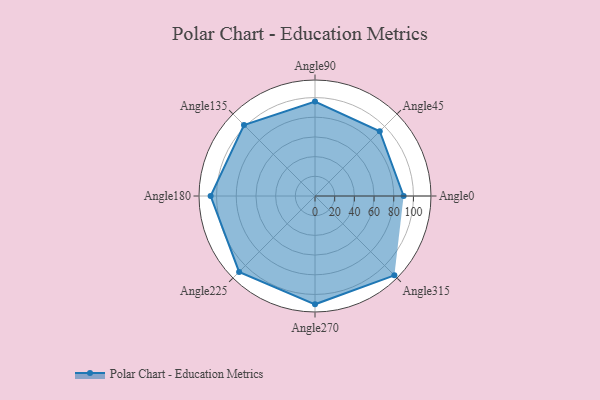
{"axis": {"x": "Angle", "y": "Radius"}, "legend": [""], "data": [{"x": "Angle0", "y": 90.0, "type": ""}, {"x": "Angle45", "y": 93.0, "type": ""}, {"x": "Angle90", "y": 96.0, "type": ""}, {"x": "Angle135", "y": 102.0, "type": ""}, {"x": "Angle180", "y": 106.0, "type": ""}, {"x": "Angle225", "y": 109.0, "type": ""}, {"x": "Angle270", "y": 110.0, "type": ""}, {"x": "Angle315", "y": 114.0, "type": ""}]}